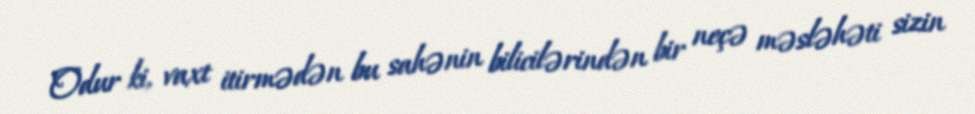
Odur ki, vaxt itirmədən bu sahənin bilicilərindən bir neçə məsləhəti sizin